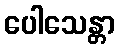
ပေါသေန္တာ